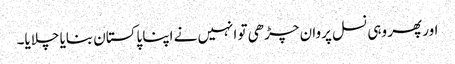
اور پھر وہی نسل پروان چڑھی تو انہیں نے اپنا پاکستان بنایا چلایا۔